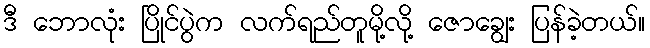
ဒီ ဘောလုံး ပြိုင်ပွဲက လက်ရည်တူမို့လို့ ဇောချွေး ပြန်ခဲ့တယ်။